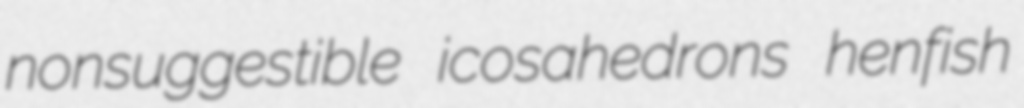
nonsuggestible icosahedrons henfish